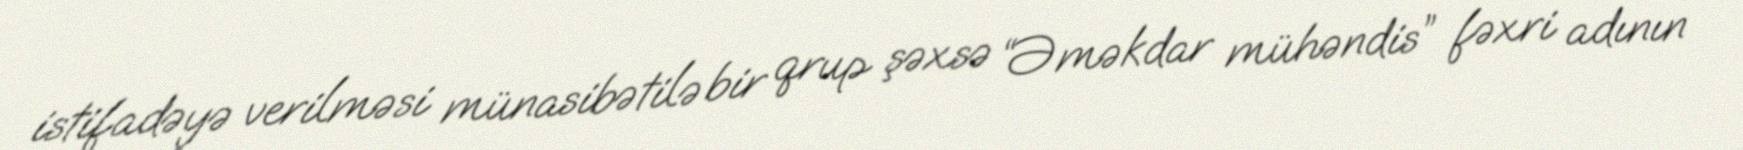
istifadəyə verilməsi münasibətilə bir qrup şəxsə “Əməkdar mühəndis” fəxri adının